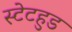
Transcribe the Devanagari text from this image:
स्टेटहुड